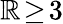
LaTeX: \mathbb{R}\! \geq\! 3